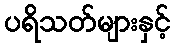
ပရိသတ်များနှင့်